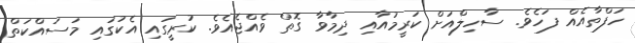
ހަފްތާއެއް ފަހެވެ. ސާހިލްއަށް ކަރީމުއާއި ދިމާވާ ގޮތް ވެއްޖެއެވެ. ކުރީގައި އެކުގައި މަސައްކަތް